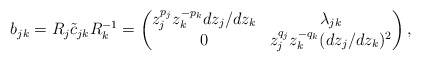
\begin{align*}b_{jk} = R_j\tilde c_{jk} R_k^{-1} = \begin{pmatrix} z_j^{p_j}z_k^{-p_k}dz_j/dz_k & \lambda_{jk}\\ 0 & z_j^{q_j}z_k^{-q_k} (dz_j/dz_k)^2 \end{pmatrix},\end{align*}